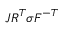
J { \boldsymbol { R } } ^ { T } { \boldsymbol { \sigma } } { \boldsymbol { F } } ^ { - T }